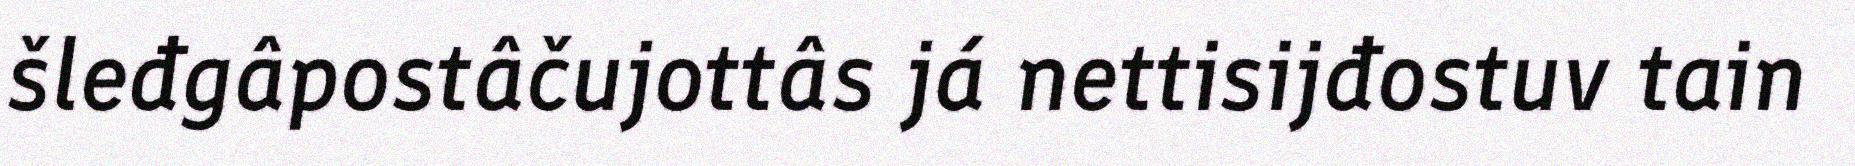
šleđgâpostâčujottâs já nettisijđostuv tain